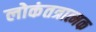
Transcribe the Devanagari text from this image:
लोकंतत्रात्मक